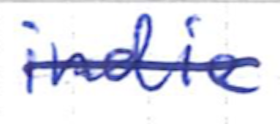
Text: indie
Cross-out: single-line
Writing tool: ballpoint